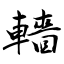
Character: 轖